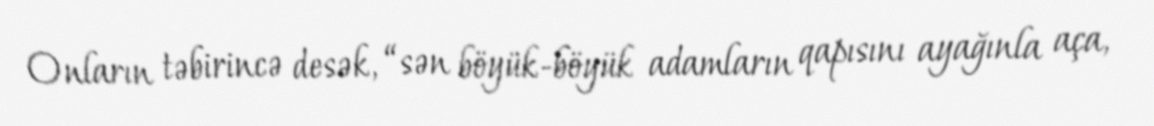
Onların təbirincə desək, “sən böyük-böyük adamların qapısını ayağınla aça,